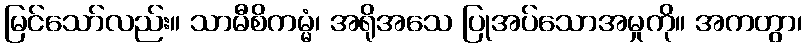
မြင်သော်လည်း။ သာမီစိကမ္မံ၊ အရိုအသေ ပြုအပ်သောအမှုကို။ အကတွာ၊